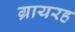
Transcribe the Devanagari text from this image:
ग्रायरह